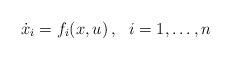
LaTeX: \begin{align*}\begin{aligned}\dot{x}_i&=f_i(x,u)\,,&i=1,\ldots,n\end{aligned}\end{align*}